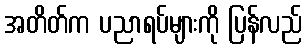
အတိတ်က ပညာရပ်များကို ပြန်လည်